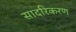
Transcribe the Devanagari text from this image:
सादरिकरण